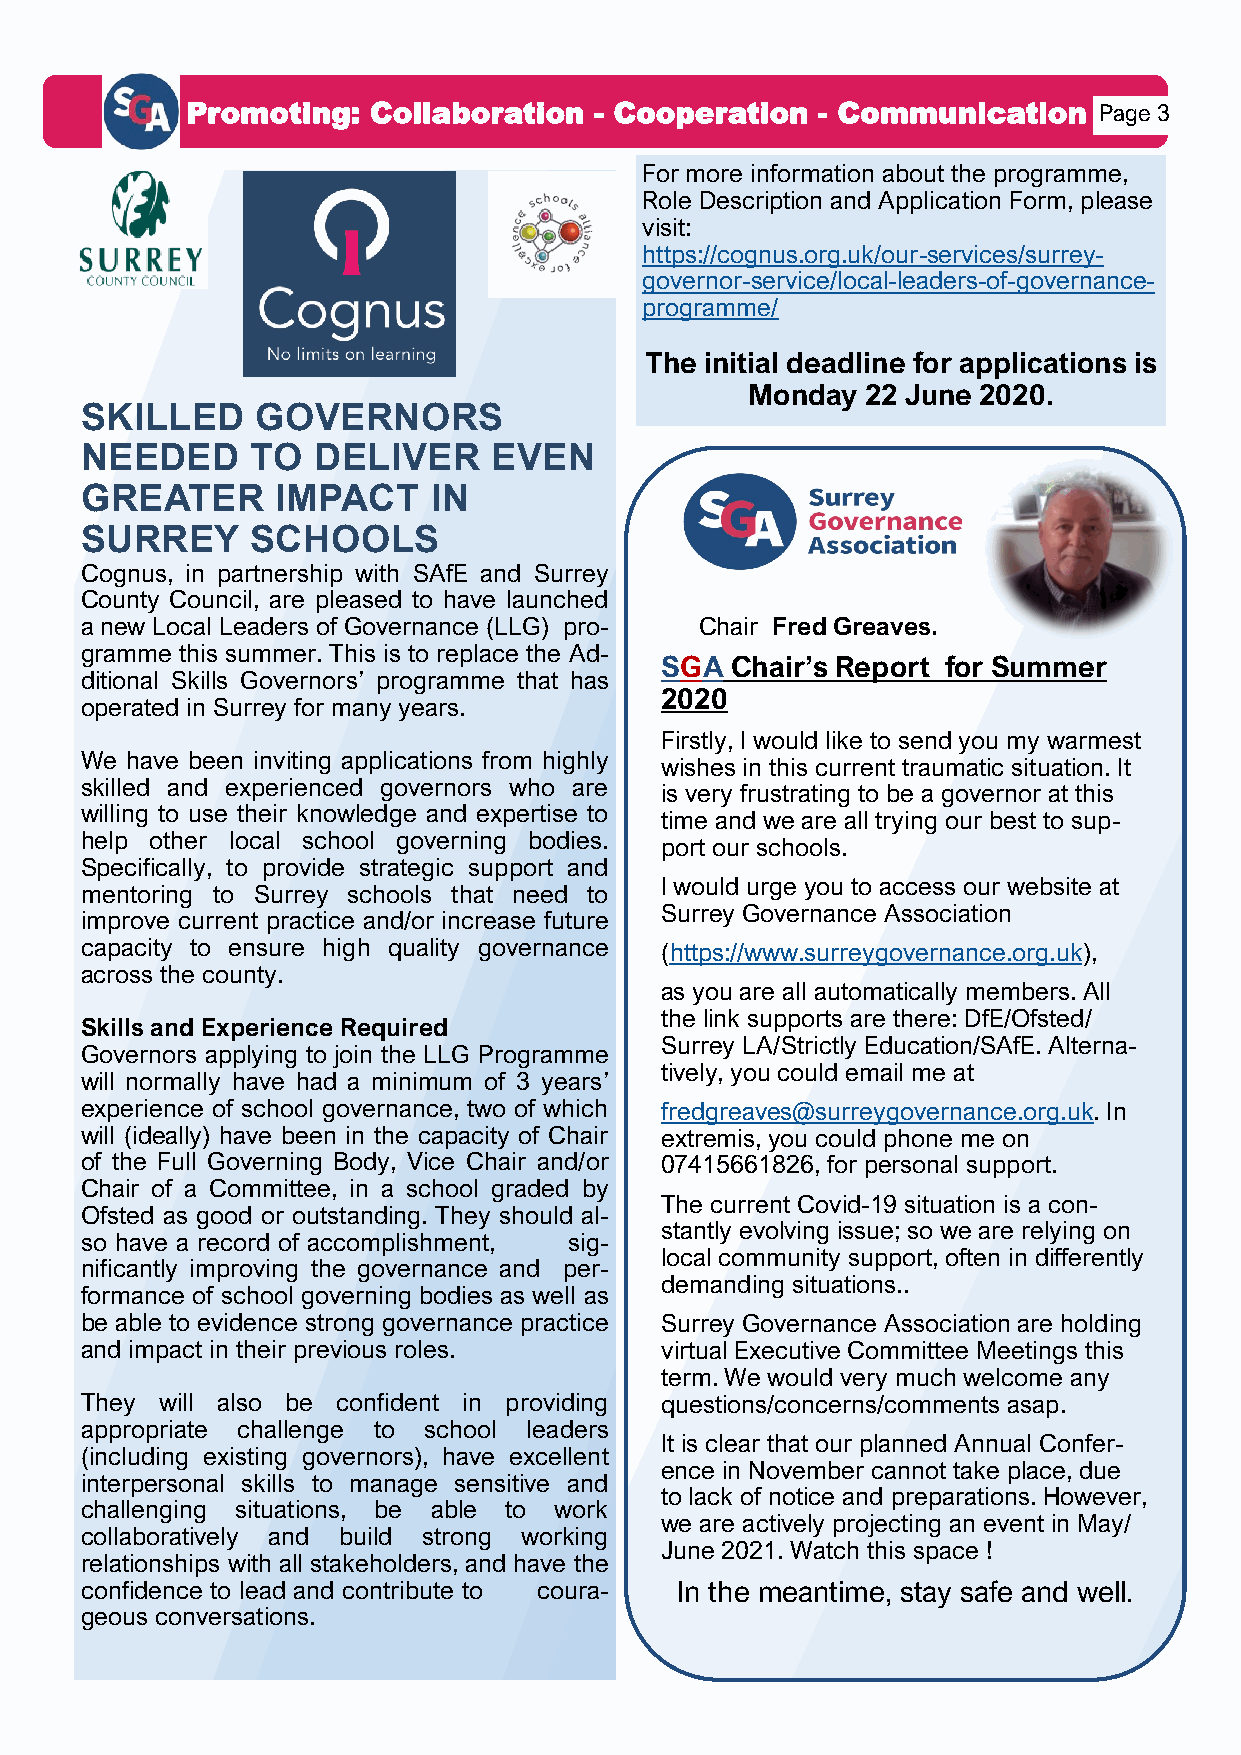
Promoting:  Collaboration  - Cooperation  - Communication    Page 3
 For more information about the programme,
 Role Description and Application Form, please
 visit:
 https://cognus.org.uk/our-services/surrey-
 governor-service/local-leaders-of-governance-
 programme/
 The initial deadline for applications is
 Monday  22 June 2020.
 SKILLED     GOVERNORS
 NEEDED      TO  DELIVER    EVEN
 GREATER      IMPACT    IN
 SURREY      SCHOOLS
 Cognus, in partnership with SAfE and Surrey
 County Council, are pleased to have launched
 a new Local Leaders of Governance (LLG) pro- Chair Fred Greaves.
 gramme this summer. This is to replace the Ad-
 SGA Chair’s Report for Summer
 ditional Skills Governors’ programme that has
 2020
 operated in Surrey for many years.
 Firstly, I would like to send you my warmest
 We have been inviting applications from highly
 wishes in this current traumatic situation. It
 skilled and experienced governors who are
 is very frustrating to be a governor at this
 willing to use their knowledge and expertise to
 time and we are all trying our best to sup-
 help other local school governing bodies.
 port our schools.
 Specifically, to provide strategic support and
 I would urge you to access our website at
 mentoring to Surrey schools that need to
 Surrey Governance Association
 improve current practice and/or increase future
 capacity to ensure high quality governance (https://www.surreygovernance.org.uk),
 across the county.
 as you are all automatically members. All
 the link supports are there: DfE/Ofsted/
 Skills and Experience Required
 Surrey LA/Strictly Education/SAfE. Alterna-
 Governors applying to join the LLG Programme
 tively, you could email me at
 will normally have had a minimum of 3 years’
 experience of school governance, two of which fredgreaves@surreygovernance.org.uk. In
 will (ideally) have been in the capacity of Chair extremis, you could phone me on
 of the Full Governing Body, Vice Chair and/or 07415661826, for personal support.
 Chair of a Committee, in a school graded by
 The current Covid-19 situation is a con-
 Ofsted as good or outstanding. They should al-
 stantly evolving issue; so we are relying on
 so have a record of accomplishment, sig-
 local community support, often in differently
 nificantly improving the governance and per-
 demanding situations..
 formance of school governing bodies as well as
 be able to evidence strong governance practice Surrey Governance Association are holding
 and impact in their previous roles.    virtual Executive Committee Meetings this
 term. We would very much welcome any
 They  will also be confident in providing q uestions/concerns/comments asap.
 appropriate challenge to school leaders
 It is clear that our planned Annual Confer-
 (including existing governors), have excellent
 ence in November cannot take place, due
 interpersonal skills to manage sensitive and
 to lack of notice and preparations. However,
 challenging situations, be able to work
 we are actively projecting an event in May/
 collaboratively and build strong working
 June 2021. Watch this space !
 relationships with all stakeholders, and have the
 confidence to lead and contribute to coura- In the meantime, stay safe and well.
 geous conversations.